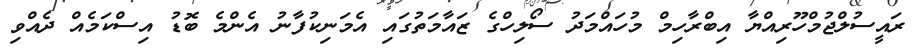
ރައީސުލްޖުމްހޫރިއްޔާ އިބްރާހިމް މުހައްމަދު ސޯލިހްގެ ޒައާމަތުގައި އެމަނިކުފާނު އެންމެ ބޮޑު އިސްކަމެއް ދެއްވި